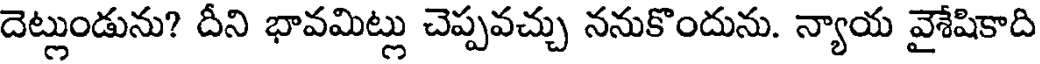
దెట్లుండును? దీని భావమిట్లు చెప్పవచ్చు ననుకొందును. న్యాయ వైశేషికాది